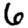
Digit: 6